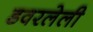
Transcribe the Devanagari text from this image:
डवरलेली